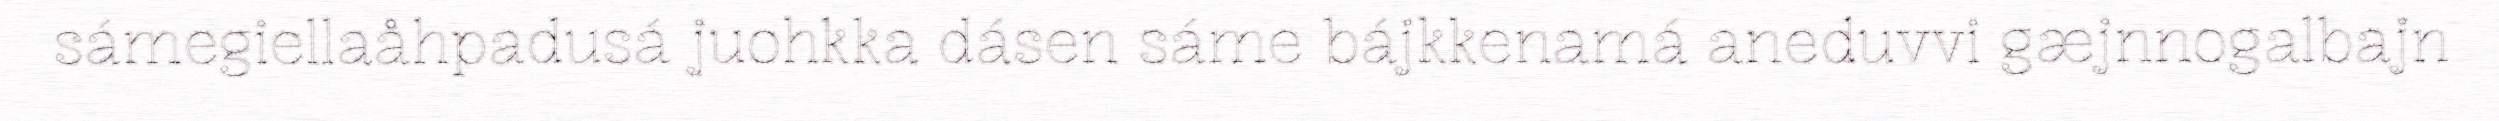
sámegiellaåhpadusá juohkka dásen sáme bájkkenamá aneduvvi gæjnnogalbajn